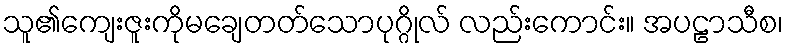
သူ၏ကျေးဇူးကိုမချေတတ်သောပုဂ္ဂိုလ် လည်းကောင်း။ အပဠာသီစ၊